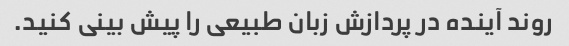
روند آینده در پردازش زبان طبیعی را پیش بینی کنید.